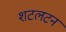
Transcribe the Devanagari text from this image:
शटलटन